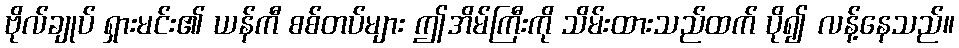
ဗိုလ်ချုပ် ရှားမင်း၏ ယန်ကီ စစ်တပ်များ ဤအိမ်ကြီးကို သိမ်းထားသည်ထက် ပို၍ လန့်နေသည်။